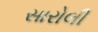
સારોલી